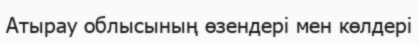
Атырау облысының өзендері мен көлдері